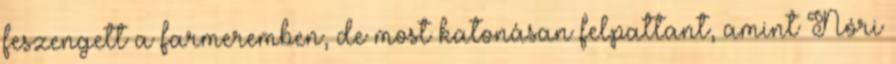
feszengett a farmeremben, de most katonásan felpattant, amint Nóri